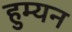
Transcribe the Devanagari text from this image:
हुम्यन